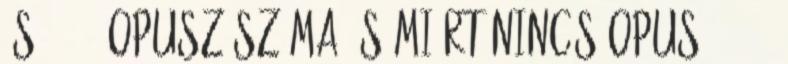
és 45–47 opusz száma és miért nincs opus 38–44?